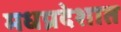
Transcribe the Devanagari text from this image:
मधप्रदेशात